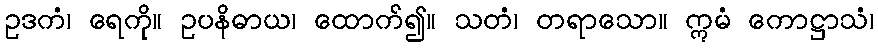
ဥဒကံ၊ ရေကို။ ဥပနိဓာယ၊ ထောက်၍။ သတံ၊ တရာသော။ ဣမံ ကောဋ္ဌာသံ၊